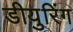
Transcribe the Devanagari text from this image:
डीयुरिंग